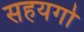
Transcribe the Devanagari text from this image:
सहयगो